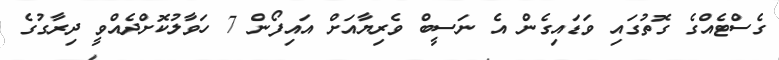
ގެސްޓެއްގެ ގޮތުގައި ވަޑައިގެން އެ ނަސީބް ވެެރިޔާއަށް އައިފޯން 7 ހަވާލުކޮށްދެއްވީ ދިރާގުގެ